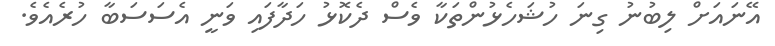
އޭނައަށް ލިބުނު ގިނަ ހުޝަހެޅުންތަކާ ވެސް ދެކޮޅު ހަދާފައި ވަނީ އެސަސަބާ ހުރެއެވެ.